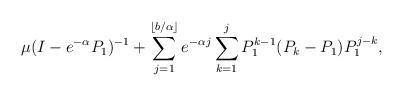
LaTeX: \begin{align*}\mu(I-e^{-\alpha}P_1)^{-1} + \sum_{j=1}^{\lfloor b/\alpha \rfloor} e^{-\alpha j} \sum_{k=1}^{j} P_1^{k-1}(P_k-P_1)P_1^{j-k},\end{align*}